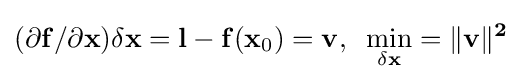
{\bf {(\partial f/\partial x)\delta x=l-f(x_{\rm {0}})=v,\;\;\min _{\delta x}=\|v\|^{2}}}